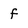
Character: f